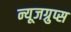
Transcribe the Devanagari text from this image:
न्यूजग्रुप्स